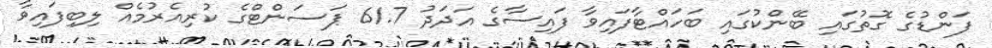
ފަންޑުގެ ގޮތުގައި ބޭންކުގައި ބަހައްޓާފައިވާ ފައިސާގެ އަދަދު 61.7 ޕަސަންޓްގެ ކުރިއެރުމެއް ލިބިފައިވާ